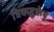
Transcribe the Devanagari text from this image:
त्रिकद्रुकेषु